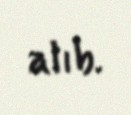
alıb.